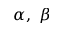
\alpha , ~ \beta